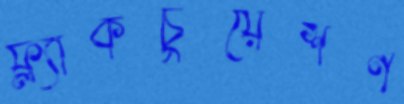
ফ্ল্যাকচুয়েশন